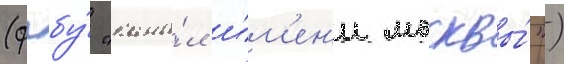
(фгбу́ "кана́л и́м'ен'и москвы́")